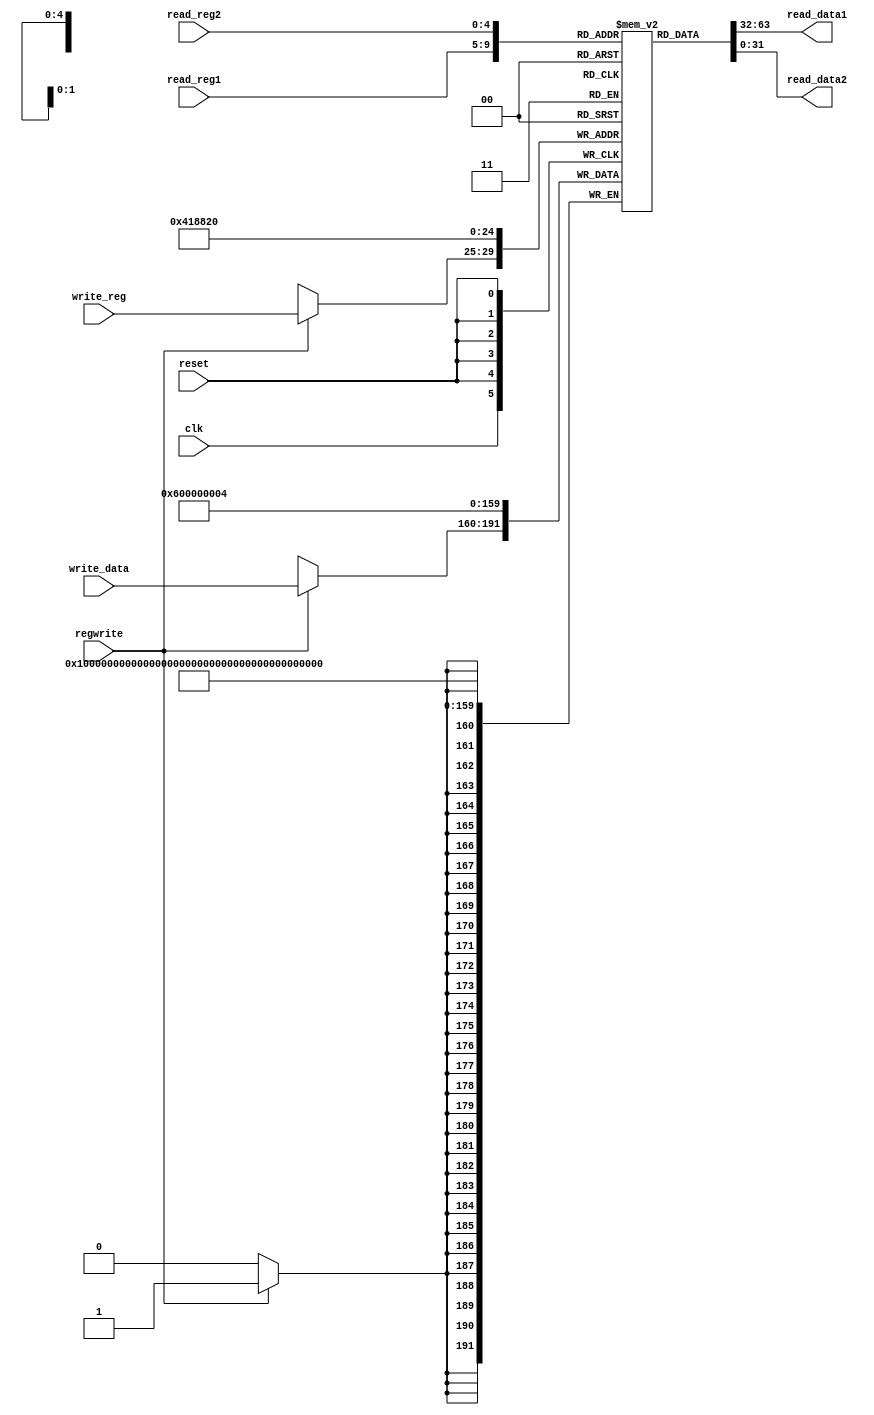
module registers(
	input [4:0]read_reg1,
	input [4:0]read_reg2,
	input [4:0]write_reg,
	input [31:0]write_data,
	output [31:0]read_data1,
	output [31:0]read_data2,
	input regwrite,
	input reset,
	input clk
    );

reg [31:0]mem[31:0];

always@(posedge clk)
begin
	if (regwrite==1'b1)
	begin
		mem[write_reg] = write_data;;
	end
end

assign read_data1 = mem[read_reg1];
assign read_data2 = mem[read_reg2];

always@(negedge reset)
	begin
		if(reset == 0)
			begin
			mem[0] = 32'h00000004;
			mem[1] = 32'h00000006;
			mem[2] = 32'h00000000;
			mem[3] = 0;
			mem[4] = 0;
			end
	end

endmodule